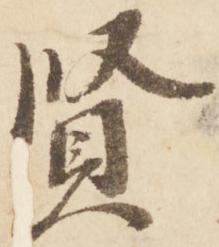
賢